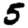
Digit: 5